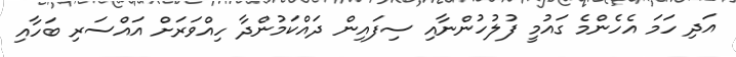
އަދި ހަމަ އެހެންމެ ގައުމީ ފުލުހުންނާއި ސިފައިން ދައްކަމުންދާ ހިއްވަރަށް އައްސަރި ބަހާއި